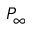
P _ { \infty }